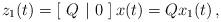
LaTeX: \begin{align*}z_1(t)=\left[~Q~|~0~\right] x(t)=Q x_1(t)\,,\end{align*}